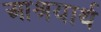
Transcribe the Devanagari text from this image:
आश्रयार्थ